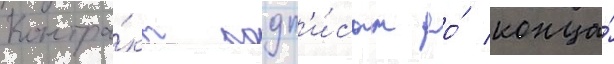
Контра́кт подп'и́сан до́ конца́